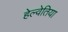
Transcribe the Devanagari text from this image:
हेल्वेतिया